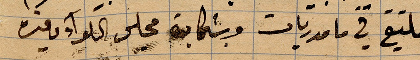
ملتقي في مامدريات وشجاعة مجلس اللواء وفيرة